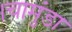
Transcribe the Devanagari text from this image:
।चामुंडा